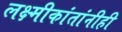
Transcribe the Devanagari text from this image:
लक्ष्मीकांतांनीही